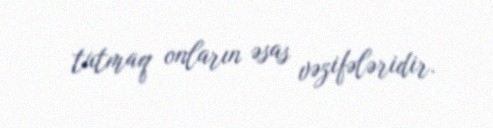
tutmaq onların əsas vəzifələridir.